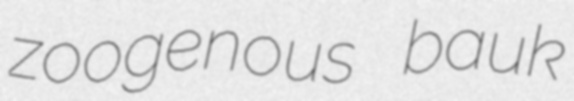
zoogenous bauk